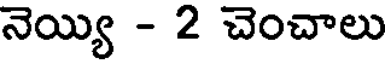
నెయ్యి - 2 చెంచాలు